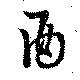
酉